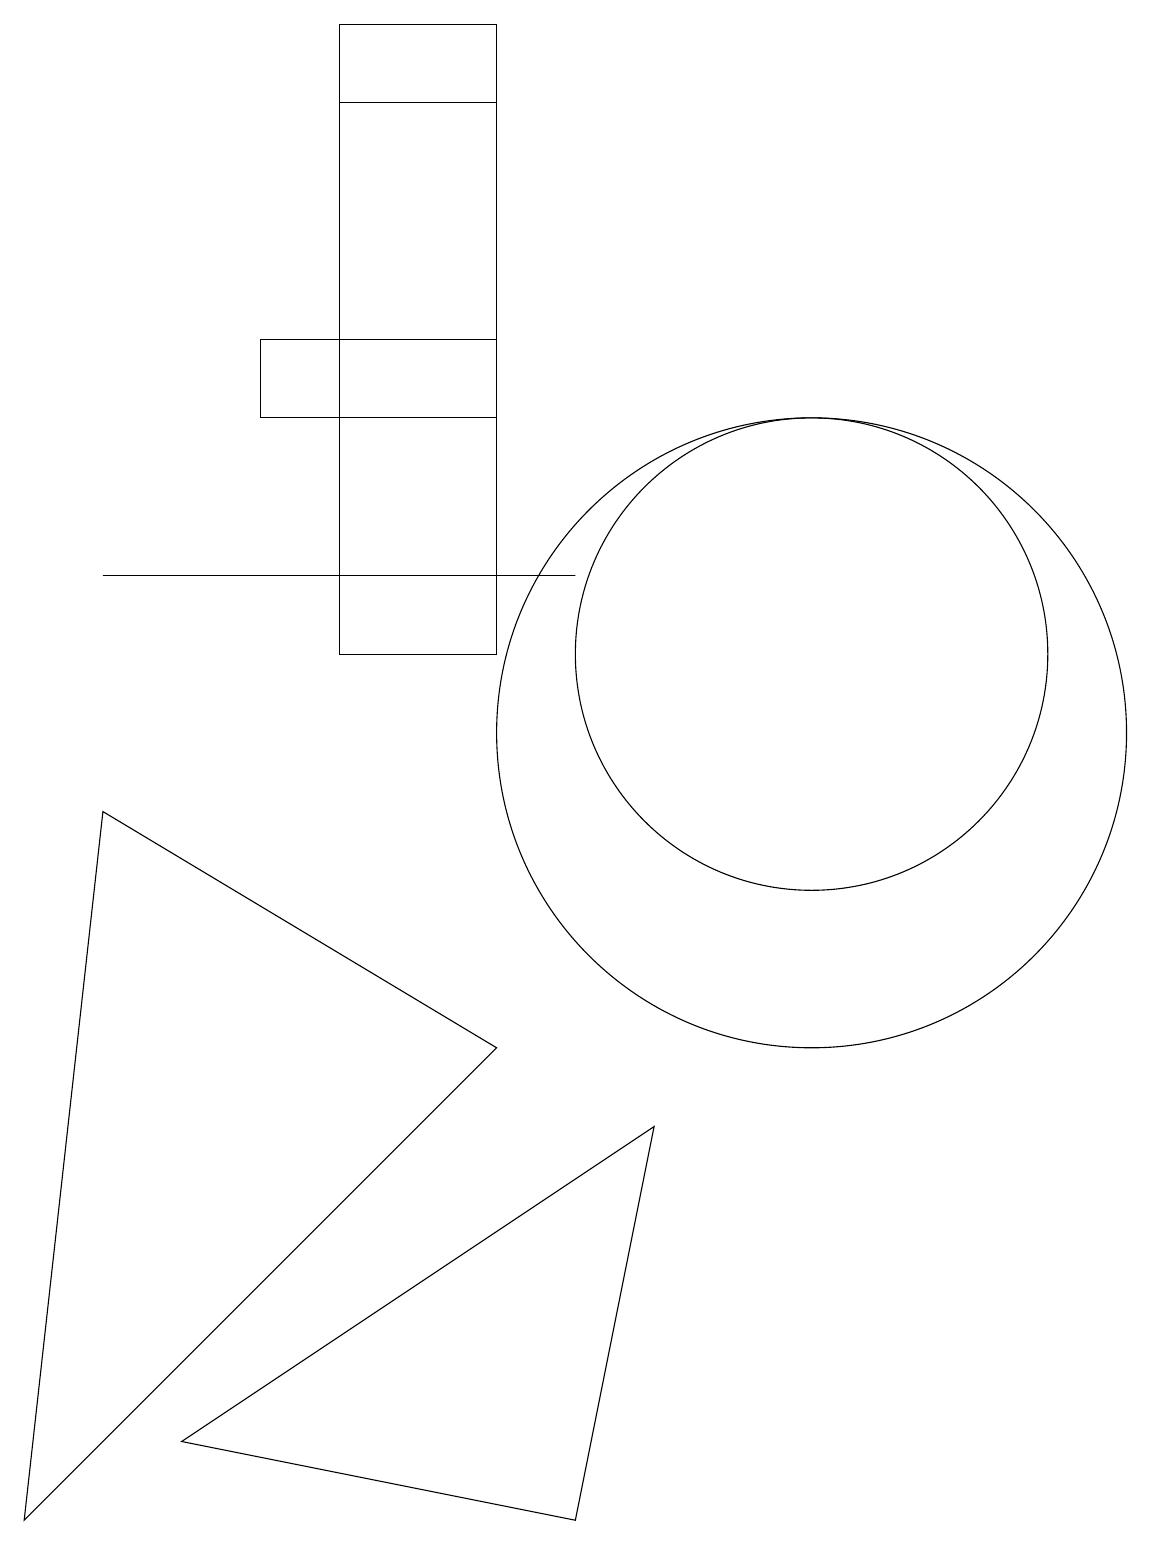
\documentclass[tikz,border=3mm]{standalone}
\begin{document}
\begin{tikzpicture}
\draw (11,10) circle (4);
\draw (7,19) rectangle (5,11);
\draw (8,12) rectangle (2,12);
\draw (4,14) rectangle (7,15);
\draw (8,0) -- (9,5) -- (3,1) -- cycle;
\draw (1,0) -- (2,9) -- (7,6) -- cycle;
\draw (5,18) rectangle (7,14);
\draw (11,11) circle (3);
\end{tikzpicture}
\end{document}